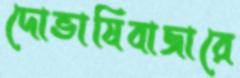
দোভাষিবাজারে